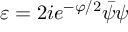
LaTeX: \varepsilon = 2 i e ^ { - \varphi / 2 } \bar { \psi } \psi